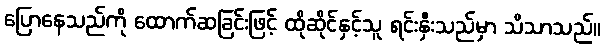
ပြောနေသည်ကို ထောက်ဆခြင်းဖြင့် ထိုဆိုင်နှင့်သူ ရင်းနှီးသည်မှာ သိသာသည်။